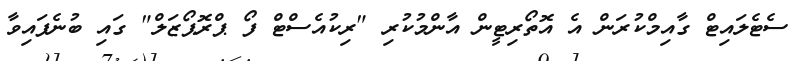
ސެޓެލައިޓް ގާއިމްކުރަން އެ އޮތޯރިޓީން އާންމުކުރި "ރިކުއެސްޓް ފޯ ޕްރޮޕޯޒަލް" ގައި ބުނެފައިވާ